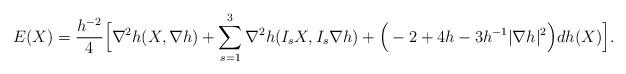
LaTeX: \begin{align*} E(X)=\frac{h^{-2}}{4}\Big[\nabla^2h(X,\nabla h)+\sum_{s=1}^3\nabla^2h(I_sX,I_s\nabla h)+\Big(-2+4h-3h^{-1}|\nabla h|^2\Big)dh(X)\Big].\end{align*}